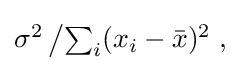
{\textstyle \sigma ^{2}\left/\sum _{i}(x_{i}-{\bar {x}})^{2}\right.,}